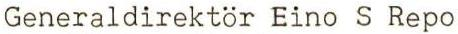
Generaldirektör Eino S Repo